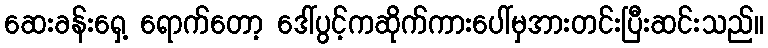
ဆေးခန်းရှေ့ ရောက်တော့ ဒေါ်ပွင့်ကဆိုက်ကားပေါ်မှအားတင်းပြီးဆင်းသည်။